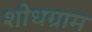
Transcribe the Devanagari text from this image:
शोधग्राम